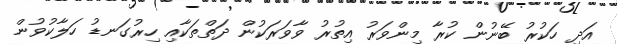
އަދި ހަކުރު ބޭނުން ކުރާ މިންވަރު އިތުރު ވާވަރަކުން ދަތްތަކާއި ހިރުގަނޑު ހަލާކުވުން